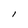
Character: l